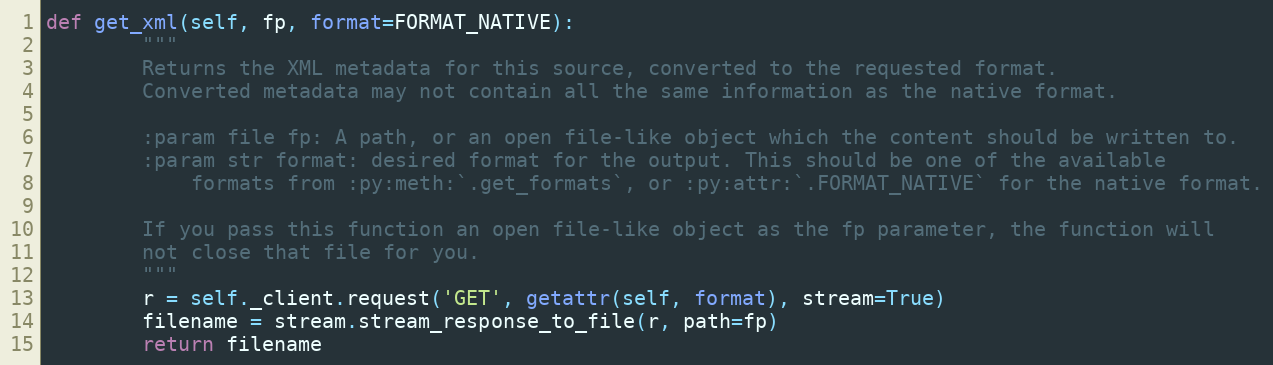
Language: Python
def get_xml(self, fp, format=FORMAT_NATIVE):
        """
        Returns the XML metadata for this source, converted to the requested format.
        Converted metadata may not contain all the same information as the native format.

        :param file fp: A path, or an open file-like object which the content should be written to.
        :param str format: desired format for the output. This should be one of the available
            formats from :py:meth:`.get_formats`, or :py:attr:`.FORMAT_NATIVE` for the native format.

        If you pass this function an open file-like object as the fp parameter, the function will
        not close that file for you.
        """
        r = self._client.request('GET', getattr(self, format), stream=True)
        filename = stream.stream_response_to_file(r, path=fp)
        return filename